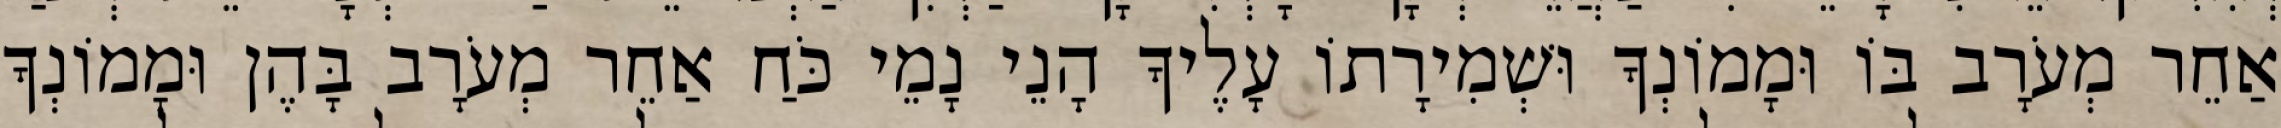
אַחֵר מְעֹרָב בּוֹ וּמָמוֹנְךָ וּשְׁמִירָתוֹ עָלֶיךָ הָנֵי נָמֵי כֹּחַ אַחֵר מְעֹרָב בָּהֶן וּמָמוֹנְךָ